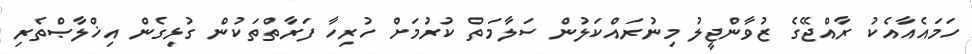
ހަމައެއާއެކު ރާއްޖޭގެ ޒުވާންޖީލު މިނުރައްކަލުން ސަލާމަތް ކުރުމަށް ހުރިހާ ފަރާތްތަކުން ގުޅިގެން އިޚްލާޞްތެރި